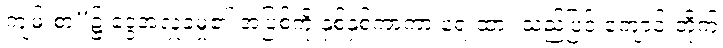
ကျမ်းစာ”၌ ငွေအလှူခံမှု၏ အပြစ်ကို နှစ်နှစ်ကာကာ ရေးထား သည့်ပြင် ကျောင်းတိုက်